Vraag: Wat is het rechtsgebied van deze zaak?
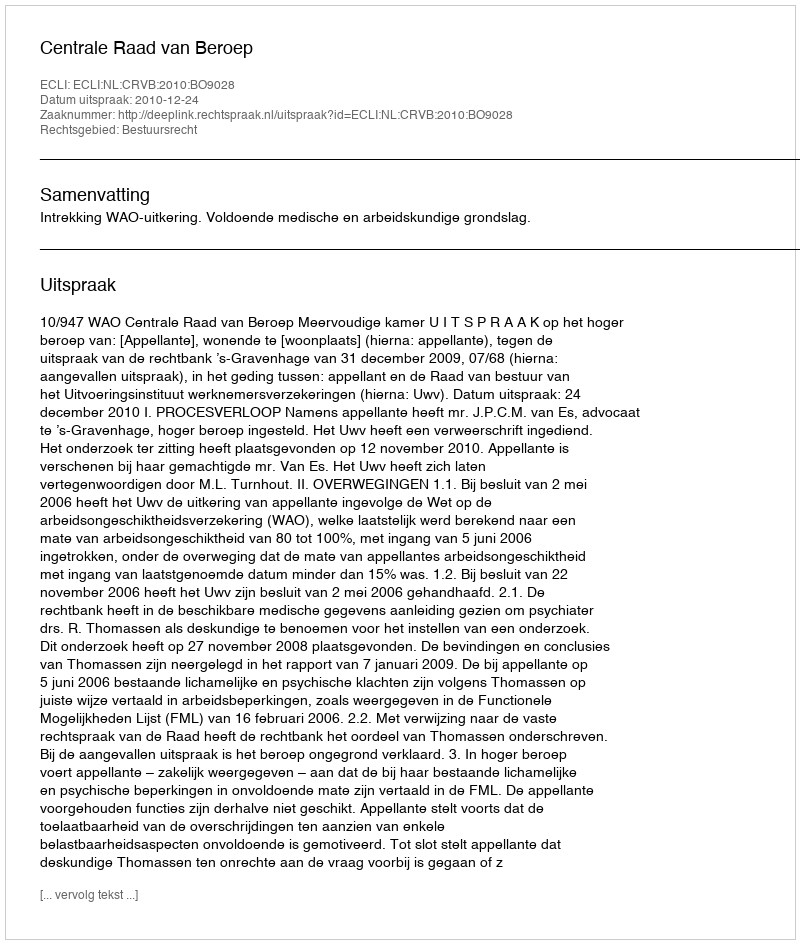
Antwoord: Bestuursrecht